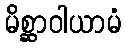
မိစ္ဆာဝါယာမံ